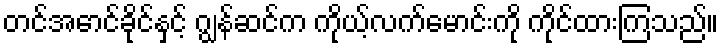
တင်အောင်ခိုင်နှင့် ဂျွန်ဆင်က ကိုယ့်လက်မောင်းကို ကိုင်ထားကြသည်။